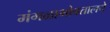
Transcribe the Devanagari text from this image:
मंगळाभोवतालचे